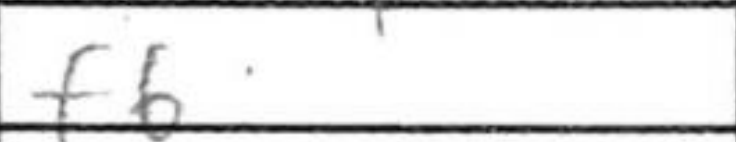
Transcription: f6